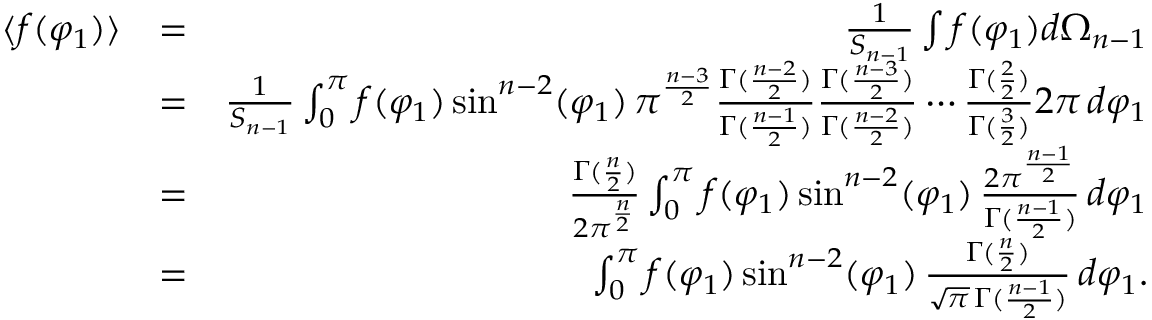
\begin{array} { r l r } { \langle f ( \varphi _ { 1 } ) \rangle } & { = } & { \frac { 1 } { S _ { n - 1 } } \int f ( \varphi _ { 1 } ) d \Omega _ { n - 1 } } \\ & { = } & { \frac { 1 } { S _ { n - 1 } } \int _ { 0 } ^ { \pi } f ( \varphi _ { 1 } ) \sin ^ { n - 2 } ( \varphi _ { 1 } ) \, \pi ^ { \frac { n - 3 } { 2 } } \frac { \Gamma ( \frac { n - 2 } { 2 } ) } { \Gamma ( \frac { n - 1 } { 2 } ) } \frac { \Gamma ( \frac { n - 3 } { 2 } ) } { \Gamma ( \frac { n - 2 } { 2 } ) } \cdots \frac { \Gamma ( \frac { 2 } { 2 } ) } { \Gamma ( \frac { 3 } { 2 } ) } 2 \pi \, d \varphi _ { 1 } } \\ & { = } & { \frac { \Gamma ( \frac { n } { 2 } ) } { 2 \pi ^ { \frac { n } { 2 } } } \int _ { 0 } ^ { \pi } f ( \varphi _ { 1 } ) \sin ^ { n - 2 } ( \varphi _ { 1 } ) \, \frac { 2 \pi ^ { \frac { n - 1 } { 2 } } } { \Gamma ( \frac { n - 1 } { 2 } ) } \, d \varphi _ { 1 } } \\ & { = } & { \int _ { 0 } ^ { \pi } f ( \varphi _ { 1 } ) \sin ^ { n - 2 } ( \varphi _ { 1 } ) \, \frac { \Gamma ( \frac { n } { 2 } ) } { \sqrt { \pi } \, \Gamma ( \frac { n - 1 } { 2 } ) } \, d \varphi _ { 1 } . } \end{array}